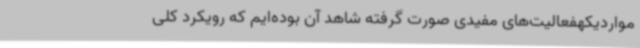
مواردیکهفعالیت‌های مفیدی صورت گرفته شاهد آن بوده‌ایم که رویکرد کلی